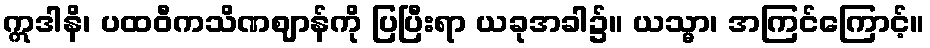
ဣဒါနိ၊ ပထဝီကသိဏဈာန်ကို ပြပြီးရာ ယခုအခါ၌။ ယသ္မာ၊ အကြင်ကြောင့်။